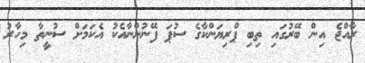
ރާއްޖެ އިން ބޭރުގައި ތިބި ޕްރިޔަންކާގެ ސުޕަ ފޭނުންނާއެކު އެކަމަށް ސުނީތާ މިހާރު